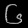
Digit: ၆